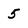
Character: 5